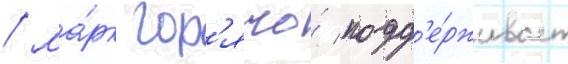
/ ма́рк гор'ячо́ подд'е́рживает